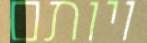
ויותם